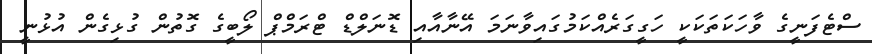
ސްޓެފަނީގެ ވާހަކަތަކަކީ ހަގީގަރެއްކަމުގައިވާނަމަ އޭނާއާއި ޑޮނަލްޑް ޓްރަމްޕް ލޯބީގެ ގޮތުން ގުޅިގެން އުޅުނީ